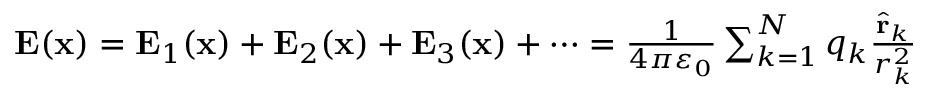
{ \begin{array} { r } { \mathbf { E } ( \mathbf { x } ) = \mathbf { E } _ { 1 } ( \mathbf { x } ) + \mathbf { E } _ { 2 } ( \mathbf { x } ) + \mathbf { E } _ { 3 } ( \mathbf { x } ) + \cdots = { \frac { 1 } { 4 \pi \varepsilon _ { 0 } } } \sum _ { k = 1 } ^ { N } q _ { k } { \frac { { \hat { \mathbf { r } } } _ { k } } { r _ { k } ^ { 2 } } } } \end{array} }